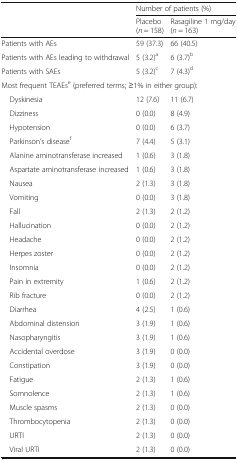
<table><thead><tr><td rowspan="2"></td><td colspan="2"><b>Number of patients (%)</b></td></tr><tr><td><b>Placebo (<i>n</i> = 158)</b></td><td><b>Rasagiline 1 mg/day (<i>n</i> = 163)</b></td></tr></thead><tbody><tr><td>Patients with AEs</td><td>59 (37.3)</td><td>66 (40.5)</td></tr><tr><td>Patients with AEs leading to withdrawal</td><td>5 (3.2)<sup>a</sup></td><td>6 (3.7)<sup>b</sup></td></tr><tr><td>Patients with SAEs</td><td>5 (3.2)<sup>c</sup></td><td>7 (4.3)<sup>d</sup></td></tr><tr><td colspan="3">Most frequent TEAEs<sup>e</sup> (preferred terms; ≥1% in either group):</td></tr><tr><td> Dyskinesia</td><td>12 (7.6)</td><td>11 (6.7)</td></tr><tr><td> Dizziness</td><td>0 (0.0)</td><td>8 (4.9)</td></tr><tr><td> Hypotension</td><td>0 (0.0)</td><td>6 (3.7)</td></tr><tr><td> Parkinson’s disease<sup>f</sup></td><td>7 (4.4)</td><td>5 (3.1)</td></tr><tr><td> Alanine aminotransferase increased</td><td>1 (0.6)</td><td>3 (1.8)</td></tr><tr><td> Aspartate aminotransferase increased</td><td>1 (0.6)</td><td>3 (1.8)</td></tr><tr><td> Nausea</td><td>2 (1.3)</td><td>3 (1.8)</td></tr><tr><td> Vomiting</td><td>0 (0.0)</td><td>3 (1.8)</td></tr><tr><td> Fall</td><td>2 (1.3)</td><td>2 (1.2)</td></tr><tr><td> Hallucination</td><td>0 (0.0)</td><td>2 (1.2)</td></tr><tr><td> Headache</td><td>0 (0.0)</td><td>2 (1.2)</td></tr><tr><td> Herpes zoster</td><td>0 (0.0)</td><td>2 (1.2)</td></tr><tr><td> Insomnia</td><td>0 (0.0)</td><td>2 (1.2)</td></tr><tr><td> Pain in extremity</td><td>1 (0.6)</td><td>2 (1.2)</td></tr><tr><td> Rib fracture</td><td>0 (0.0)</td><td>2 (1.2)</td></tr><tr><td> Diarrhea</td><td>4 (2.5)</td><td>1 (0.6)</td></tr><tr><td> Abdominal distension</td><td>3 (1.9)</td><td>1 (0.6)</td></tr><tr><td> Nasopharyngitis</td><td>3 (1.9)</td><td>1 (0.6)</td></tr><tr><td> Accidental overdose</td><td>3 (1.9)</td><td>0 (0.0)</td></tr><tr><td> Constipation</td><td>3 (1.9)</td><td>0 (0.0)</td></tr><tr><td> Fatigue</td><td>2 (1.3)</td><td>1 (0.6)</td></tr><tr><td> Somnolence</td><td>2 (1.3)</td><td>1 (0.6)</td></tr><tr><td> Muscle spasms</td><td>2 (1.3)</td><td>0 (0.0)</td></tr><tr><td> Thrombocytopenia</td><td>2 (1.3)</td><td>0 (0.0)</td></tr><tr><td> URTI</td><td>2 (1.3)</td><td>0 (0.0)</td></tr><tr><td> Viral URTI</td><td>2 (1.3)</td><td>0 (0.0)</td></tr></tbody></table>